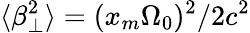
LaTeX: \langle\beta_{\perp}^{2}\rangle=(x_{m}\Omega_{0})^{2}/2c^{2}